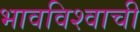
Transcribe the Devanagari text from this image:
भावविश्वाची